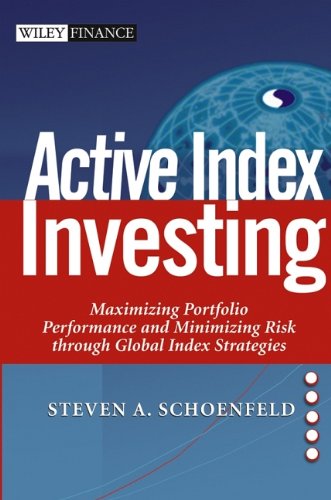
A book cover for Active Index Investing: Maximizing Portfolio Performance and Minimizing Risk Through Global Index Strategies; Steven A. Schoenfeld; Business & Money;